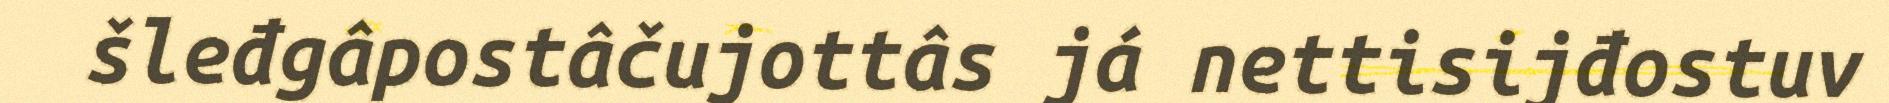
šleđgâpostâčujottâs já nettisijđostuv